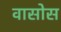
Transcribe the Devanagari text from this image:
वासोस